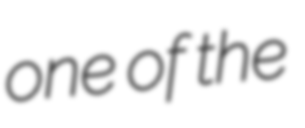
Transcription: one of the